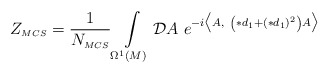
\begin{align*}Z_{\scriptscriptstyle MCS} = \frac{1}{N_{\scriptscriptstyle MCS}}\int\limits_{\Omega^{\scriptscriptstyle 1}(M)}\mathcal{D}A \hskip 4pt e^{-i \bigl\langle A, \hskip 4pt \left(\ast d_{\scriptscriptstyle 1} +(\ast d_{\scriptscriptstyle 1})^{\scriptscriptstyle 2} \right)A \bigr\rangle}\end{align*}